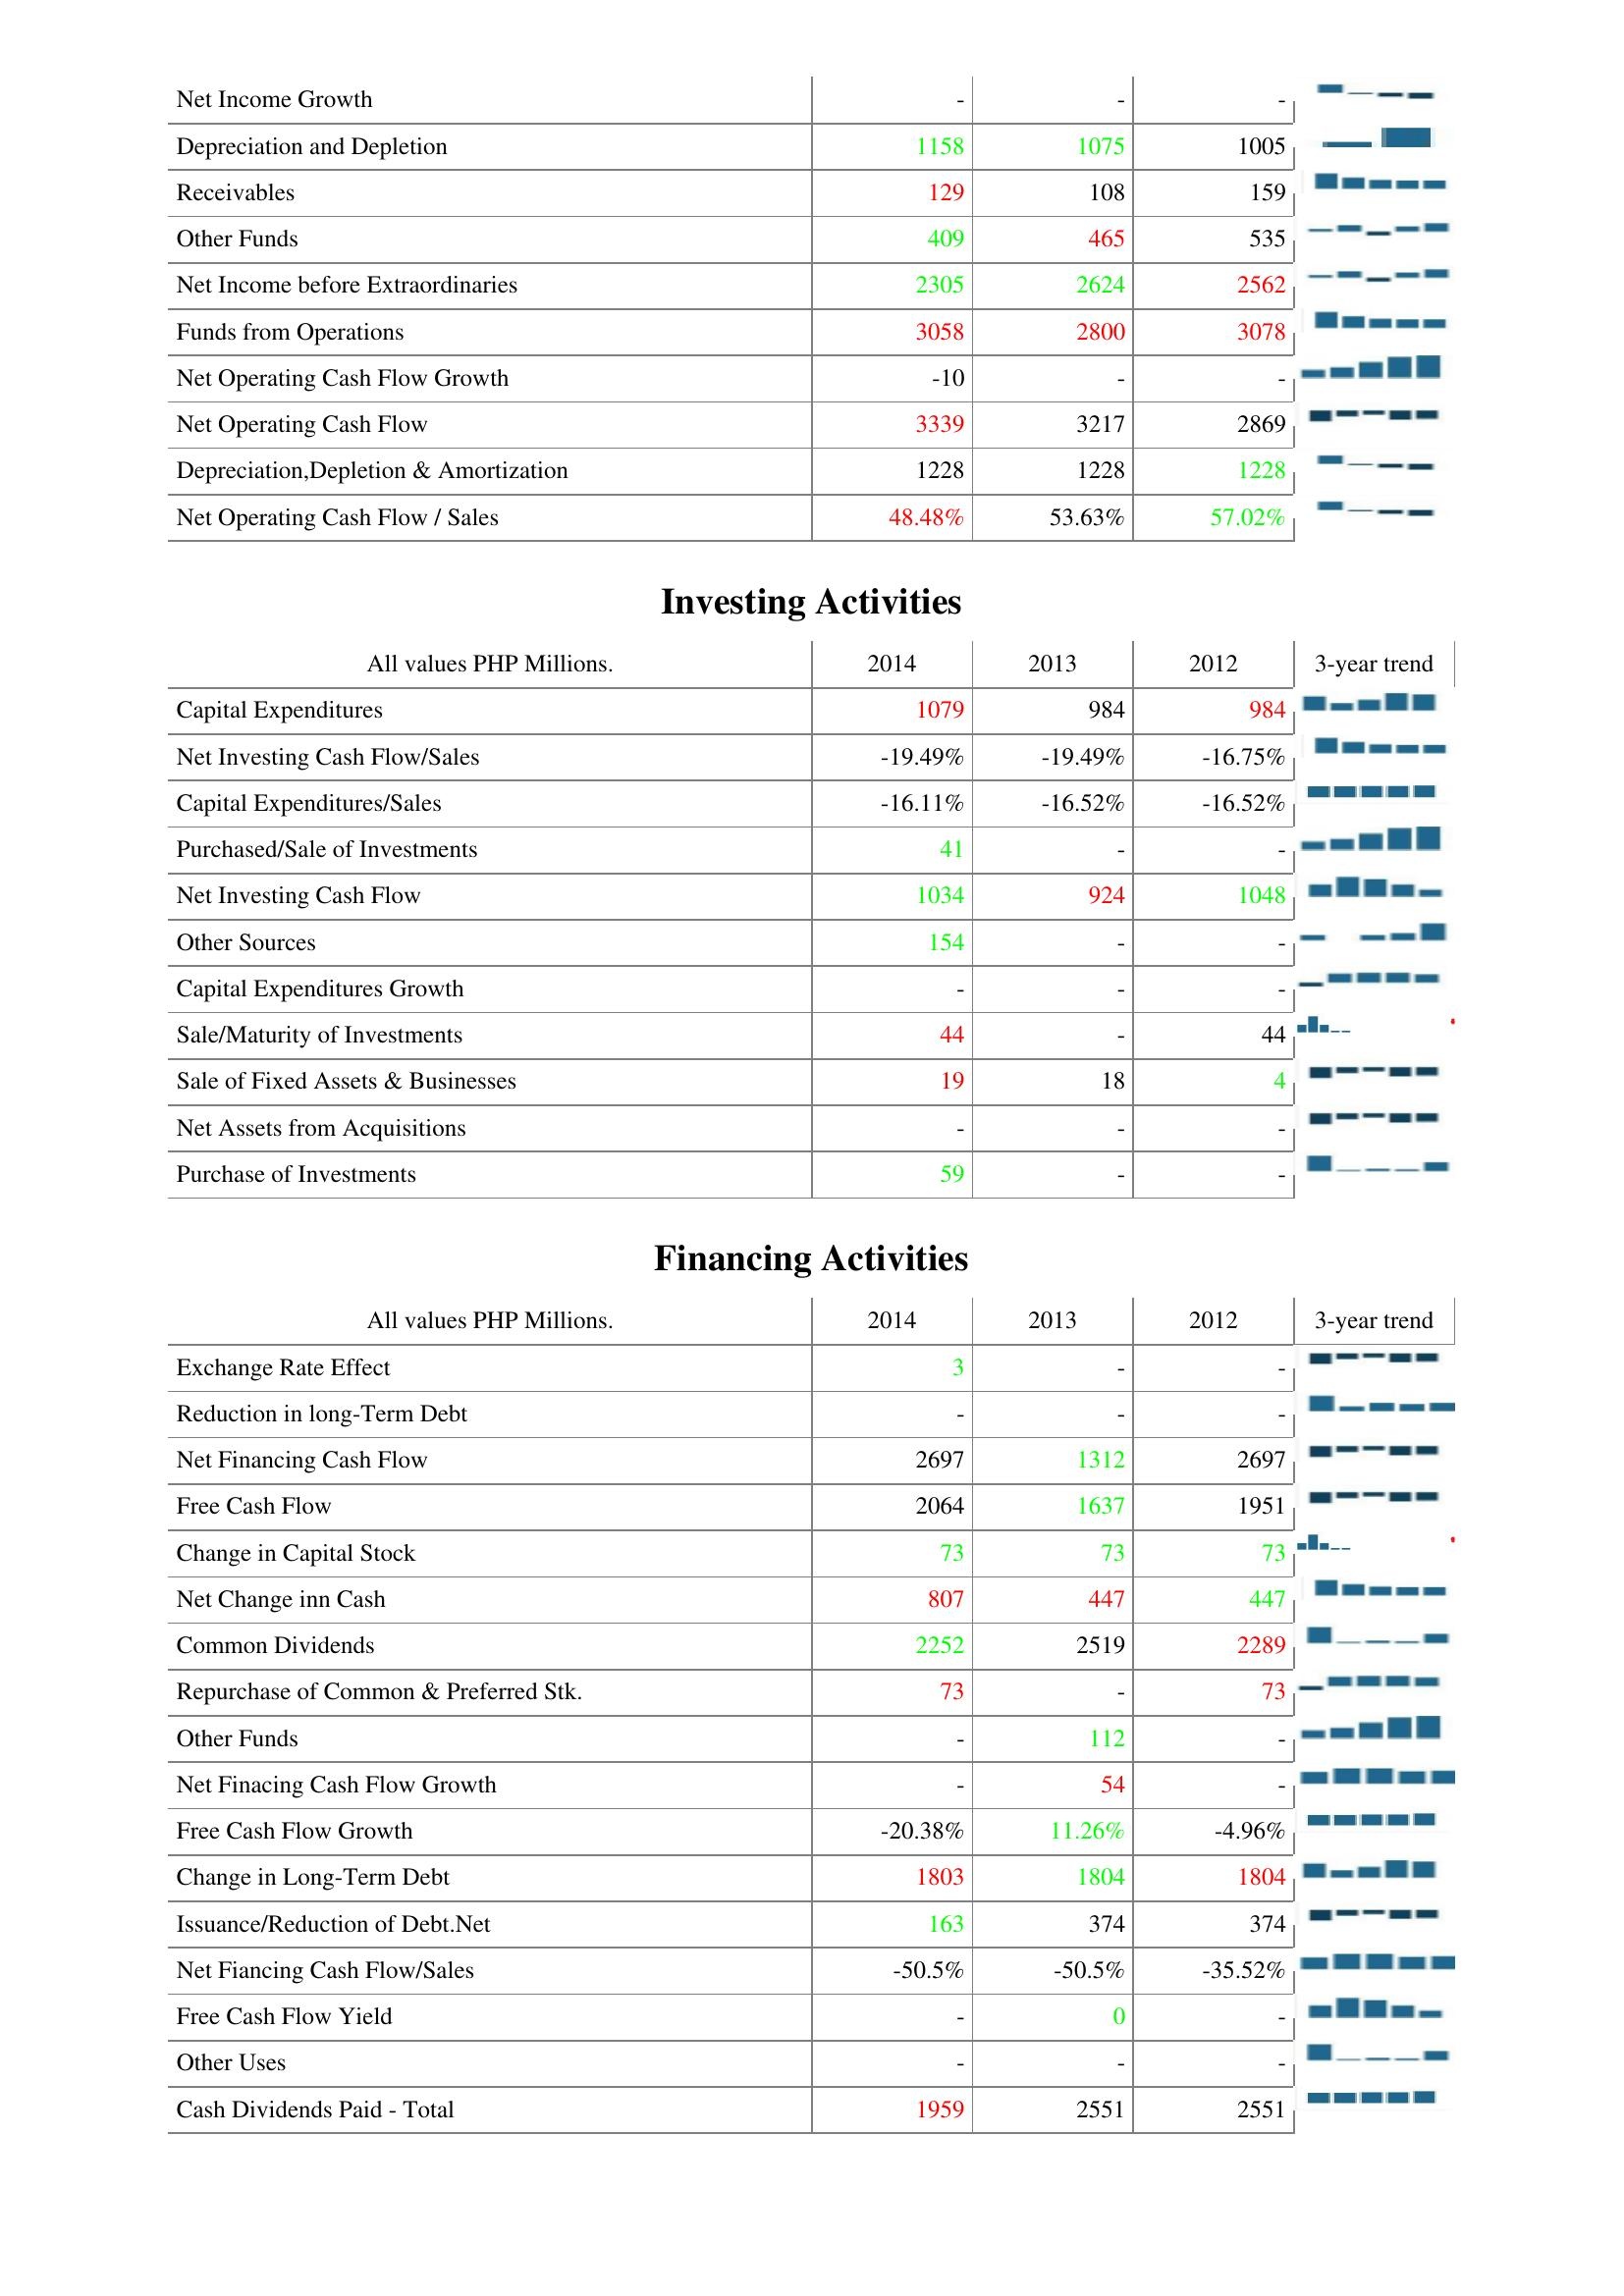
2014: Operating Activities: Net Income Growth: -
Depreciation and Depletion: 1158
Receivables: 129
Other Funds: 409
Net Income before Extraordinaries: 2305
Funds from Operations: 3058
Net Operating Cash Flow Growth: -10
Net Operating Cash Flow: 3339
Depreciation,Depletion & Amortization: 1228
Net Operating Cash Flow / Sales: 48.48%
Investing Activities: Capital Expenditures: 1079
Net Investing Cash Flow/Sales: -19.49%
Capital Expenditures/Sales: -16.11%
Purchased/Sale of Investments: 41
Net Investing Cash Flow: 1034
Other Sources: 154
Capital Expenditures Growth: -
Sale/Maturity of Investments: 44
Sale of Fixed Assets & Businesses: 19
Net Assets from Acquisitions: -
Purchase of Investments: 59
Financing Activities: Exchange Rate Effect: 3
Reduction in long-Term Debt: -
Net Financing Cash Flow: 2697
Free Cash Flow: 2064
Change in Capital Stock: 73
Net Change inn Cash: 807
Common Dividends: 2252
Repurchase of Common & Preferred Stk.: 73
Other Funds: -
Net Finacing Cash Flow Growth: -
Free Cash Flow Growth: -20.38%
Change in Long-Term Debt: 1803
Issuance/Reduction of Debt.Net: 163
Net Fiancing Cash Flow/Sales: -50.5%
Free Cash Flow Yield: -
Other Uses: -
Cash Dividends Paid - Total: 1959
2013: Operating Activities: Net Income Growth: -
Depreciation and Depletion: 1075
Receivables: 108
Other Funds: 465
Net Income before Extraordinaries: 2624
Funds from Operations: 2800
Net Operating Cash Flow Growth: -
Net Operating Cash Flow: 3217
Depreciation,Depletion & Amortization: 1228
Net Operating Cash Flow / Sales: 53.63%
Investing Activities: Capital Expenditures: 984
Net Investing Cash Flow/Sales: -19.49%
Capital Expenditures/Sales: -16.52%
Purchased/Sale of Investments: -
Net Investing Cash Flow: 924
Other Sources: -
Capital Expenditures Growth: -
Sale/Maturity of Investments: -
Sale of Fixed Assets & Businesses: 18
Net Assets from Acquisitions: -
Purchase of Investments: -
Financing Activities: Exchange Rate Effect: -
Reduction in long-Term Debt: -
Net Financing Cash Flow: 1312
Free Cash Flow: 1637
Change in Capital Stock: 73
Net Change inn Cash: 447
Common Dividends: 2519
Repurchase of Common & Preferred Stk.: -
Other Funds: 112
Net Finacing Cash Flow Growth: 54
Free Cash Flow Growth: 11.26%
Change in Long-Term Debt: 1804
Issuance/Reduction of Debt.Net: 374
Net Fiancing Cash Flow/Sales: -50.5%
Free Cash Flow Yield: 0
Other Uses: -
Cash Dividends Paid - Total: 2551
2012: Operating Activities: Net Income Growth: -
Depreciation and Depletion: 1005
Receivables: 159
Other Funds: 535
Net Income before Extraordinaries: 2562
Funds from Operations: 3078
Net Operating Cash Flow Growth: -
Net Operating Cash Flow: 2869
Depreciation,Depletion & Amortization: 1228
Net Operating Cash Flow / Sales: 57.02%
Investing Activities: Capital Expenditures: 984
Net Investing Cash Flow/Sales: -16.75%
Capital Expenditures/Sales: -16.52%
Purchased/Sale of Investments: -
Net Investing Cash Flow: 1048
Other Sources: -
Capital Expenditures Growth: -
Sale/Maturity of Investments: 44
Sale of Fixed Assets & Businesses: 4
Net Assets from Acquisitions: -
Purchase of Investments: -
Financing Activities: Exchange Rate Effect: -
Reduction in long-Term Debt: -
Net Financing Cash Flow: 2697
Free Cash Flow: 1951
Change in Capital Stock: 73
Net Change inn Cash: 447
Common Dividends: 2289
Repurchase of Common & Preferred Stk.: 73
Other Funds: -
Net Finacing Cash Flow Growth: -
Free Cash Flow Growth: -4.96%
Change in Long-Term Debt: 1804
Issuance/Reduction of Debt.Net: 374
Net Fiancing Cash Flow/Sales: -35.52%
Free Cash Flow Yield: -
Other Uses: -
Cash Dividends Paid - Total: 2551